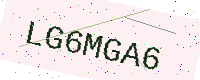
Text: LG6MGA6